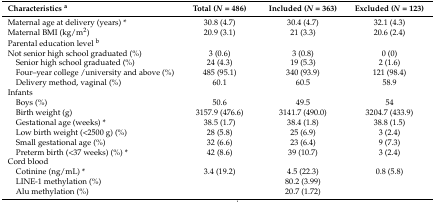
<table><thead><tr><td><b>Characteristics <sup>a</sup></b></td><td><b>Total (<i>N</i> = 486)</b></td><td><b>Included (<i>N</i> = 363)</b></td><td><b>Excluded (<i>N</i> = 123)</b></td></tr></thead><tbody><tr><td>Maternal age at delivery (years) *</td><td>30.8 (4.7)</td><td>30.4 (4.7)</td><td>32.1 (4.3)</td></tr><tr><td>Maternal BMI (kg/m<sup>2</sup>)</td><td>20.9 (3.1)</td><td>21 (3.3)</td><td>20.6 (2.4)</td></tr><tr><td>Parental education level <sup>b</sup></td><td></td><td></td><td></td></tr><tr><td>Not senior high school graduated (%)</td><td>3 (0.6)</td><td>3 (0.8)</td><td>0 (0)</td></tr><tr><td> Senior high school graduated (%)</td><td>24 (4.3)</td><td>19 (5.3)</td><td>2 (1.6)</td></tr><tr><td> Four–year college /university and above (%)</td><td>485 (95.1)</td><td>340 (93.9)</td><td>121 (98.4)</td></tr><tr><td> Delivery method, vaginal (%)</td><td>60.1</td><td>60.5</td><td>58.9</td></tr><tr><td>Infants</td><td></td><td></td><td></td></tr><tr><td> Boys (%)</td><td>50.6</td><td>49.5</td><td>54</td></tr><tr><td> Birth weight (g)</td><td>3157.9 (476.6)</td><td>3141.7 (490.0)</td><td>3204.7 (433.9)</td></tr><tr><td> Gestational age (weeks) *</td><td>38.5 (1.7)</td><td>38.4 (1.8)</td><td>38.8 (1.5)</td></tr><tr><td> Low birth weight (&lt;2500 g) (%)</td><td>28 (5.8)</td><td>25 (6.9)</td><td>3 (2.4)</td></tr><tr><td> Small gestational age (%)</td><td>32 (6.6)</td><td>23 (6.4)</td><td>9 (7.3)</td></tr><tr><td> Preterm birth (&lt;37 weeks) (%) *</td><td>42 (8.6)</td><td>39 (10.7)</td><td>3 (2.4)</td></tr><tr><td>Cord blood</td><td></td><td></td><td></td></tr><tr><td> Cotinine (ng/mL) *</td><td>3.4 (19.2)</td><td>4.5 (22.3)</td><td>0.8 (5.8)</td></tr><tr><td> LINE-1 methylation (%)</td><td></td><td>80.2 (3.99)</td><td></td></tr><tr><td> Alu methylation (%)</td><td></td><td>20.7 (1.72)</td><td></td></tr></tbody></table>